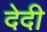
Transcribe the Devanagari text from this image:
देदी